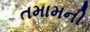
તમામની